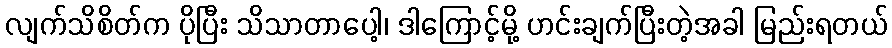
လျက်သိစိတ်က ပိုပြီး သိသာတာပေါ့၊ ဒါကြောင့်မို့ ဟင်းချက်ပြီးတဲ့အခါ မြည်းရတယ်